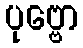
ပုဗ္ဗော